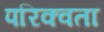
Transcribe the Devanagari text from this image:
परिक्वता